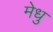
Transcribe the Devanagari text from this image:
मेधु